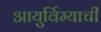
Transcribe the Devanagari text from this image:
आयुर्विम्याची